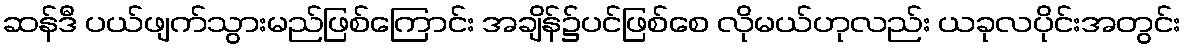
ဆန်ဒီ ပယ်ဖျက်သွားမည်ဖြစ်ကြောင်း အချိန်၌ပင်ဖြစ်စေ လိုမယ်ဟုလည်း ယခုလပိုင်းအတွင်း